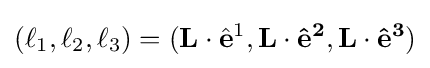
(\ell _{1},\ell _{2},\ell _{3})=(\mathbf {L} \cdot {\hat {\bf {e}}}^{1},{\bf {{L}\cdot {\hat {\mathbf {e} }}^{2},{\bf {{L}\cdot {\hat {\mathbf {e} }}^{3})}}}}